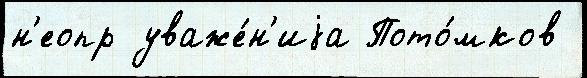
н'еопр уваже́н'иjа Пото́мков